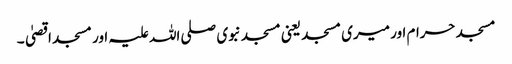
مسجد حرام اور میری مسجد یعنی مسجد نبوی صلی اللہ علیہ اور مسجد اقصیٰ۔